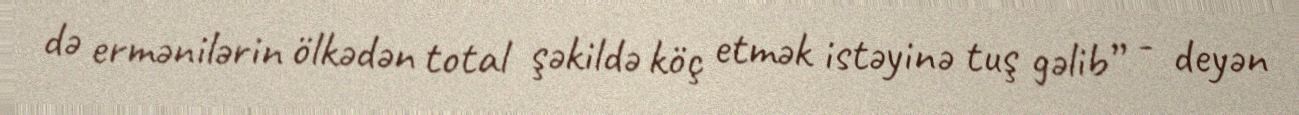
də ermənilərin ölkədən total şəkildə köç etmək istəyinə tuş gəlib” - deyən